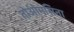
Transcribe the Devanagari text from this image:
तोओमसिना